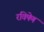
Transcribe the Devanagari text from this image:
रविषेण